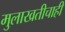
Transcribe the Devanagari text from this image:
मुलाखतीचाही